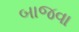
બાજવા